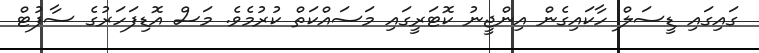
ގައިގައި ޑީސަލް ހާކައިގެން އިންޖީނު ކޮޓަރީގައި މަސައްކަތް ކުރުމެވެ. މަސް އޮޑިފަހަރުގެ ސާފުޓް